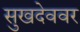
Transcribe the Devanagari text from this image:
सुखदेववर